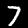
Label: 7